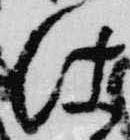
仕